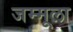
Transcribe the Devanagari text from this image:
जम्मूला